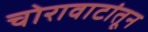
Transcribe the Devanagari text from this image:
चोरावाटांतून